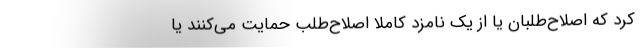
کرد که اصلاح‌طلبان یا از یک نامزد کاملا اصلاح‌طلب حمایت می‌کنند یا